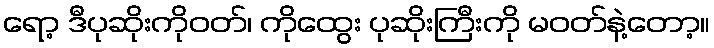
ရော့ ဒီပုဆိုးကိုဝတ်၊ ကိုထွေး ပုဆိုးကြီးကို မဝတ်နဲ့တော့။